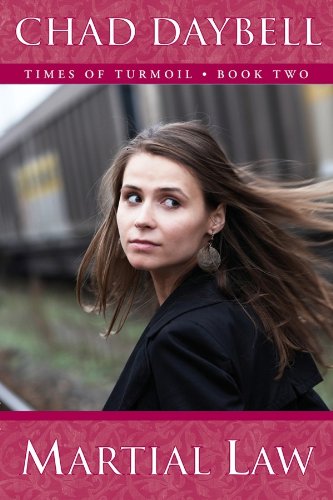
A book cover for Martial Law (Times of Turmoil - Book Two); Chad Daybell; Christian Books & Bibles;